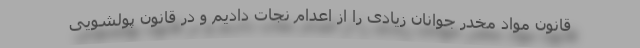
قانون مواد مخدر جوانان زیادی را از اعدام نجات دادیم و در قانون پولشویی